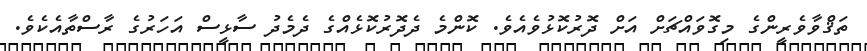
ތަޤްވާވެރީންގެ މިގޮވައްޗަށް އަށް ދޮރުކޮޅުވެއެވެ. ކޮންމެ ދެދޮރުކޮޅެއްގެ ދެމެދު ސާޅީސް އަހަރުގެ ރާސްތާއެކެވެ.